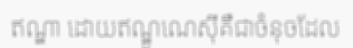
ឥណ្ឌា ដោយឥណ្ឌូណេស៊ីគឺជាចំនុចដែល